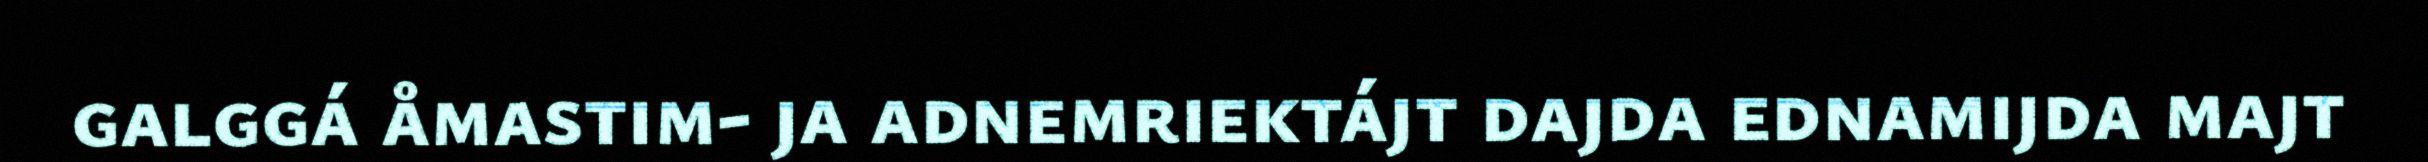
galggá åmastim- ja adnemriektájt dajda ednamijda majt